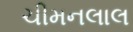
ચીમનલાલ